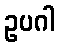
ဥပဂါ